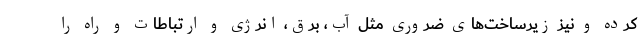
کرده و نیز زیرساخت‌های ضروری مثل آب، برق، انرژی و ارتباطات و راه را